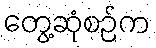
တွေ့ဆုံစဉ်က